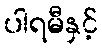
ပါရမီနှင့်